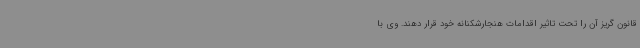
قانون گریز آن را تحت تاثیر اقدامات هنجارشکنانه خود قرار دهند. وی با